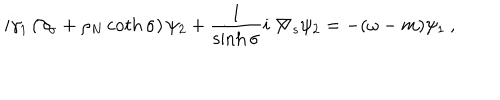
LaTeX: i \gamma _ { 1 } \left( \partial _ { \sigma } + \rho _ { N } \coth \sigma \right) \psi _ { 2 } + \frac { 1 } { \sinh \sigma } i \not \! \nabla _ { s } \psi _ { 2 } = - ( \omega - m ) \psi _ { 1 } \: ,